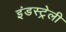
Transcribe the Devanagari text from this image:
इंडस्ट्रेली